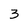
Character: 3